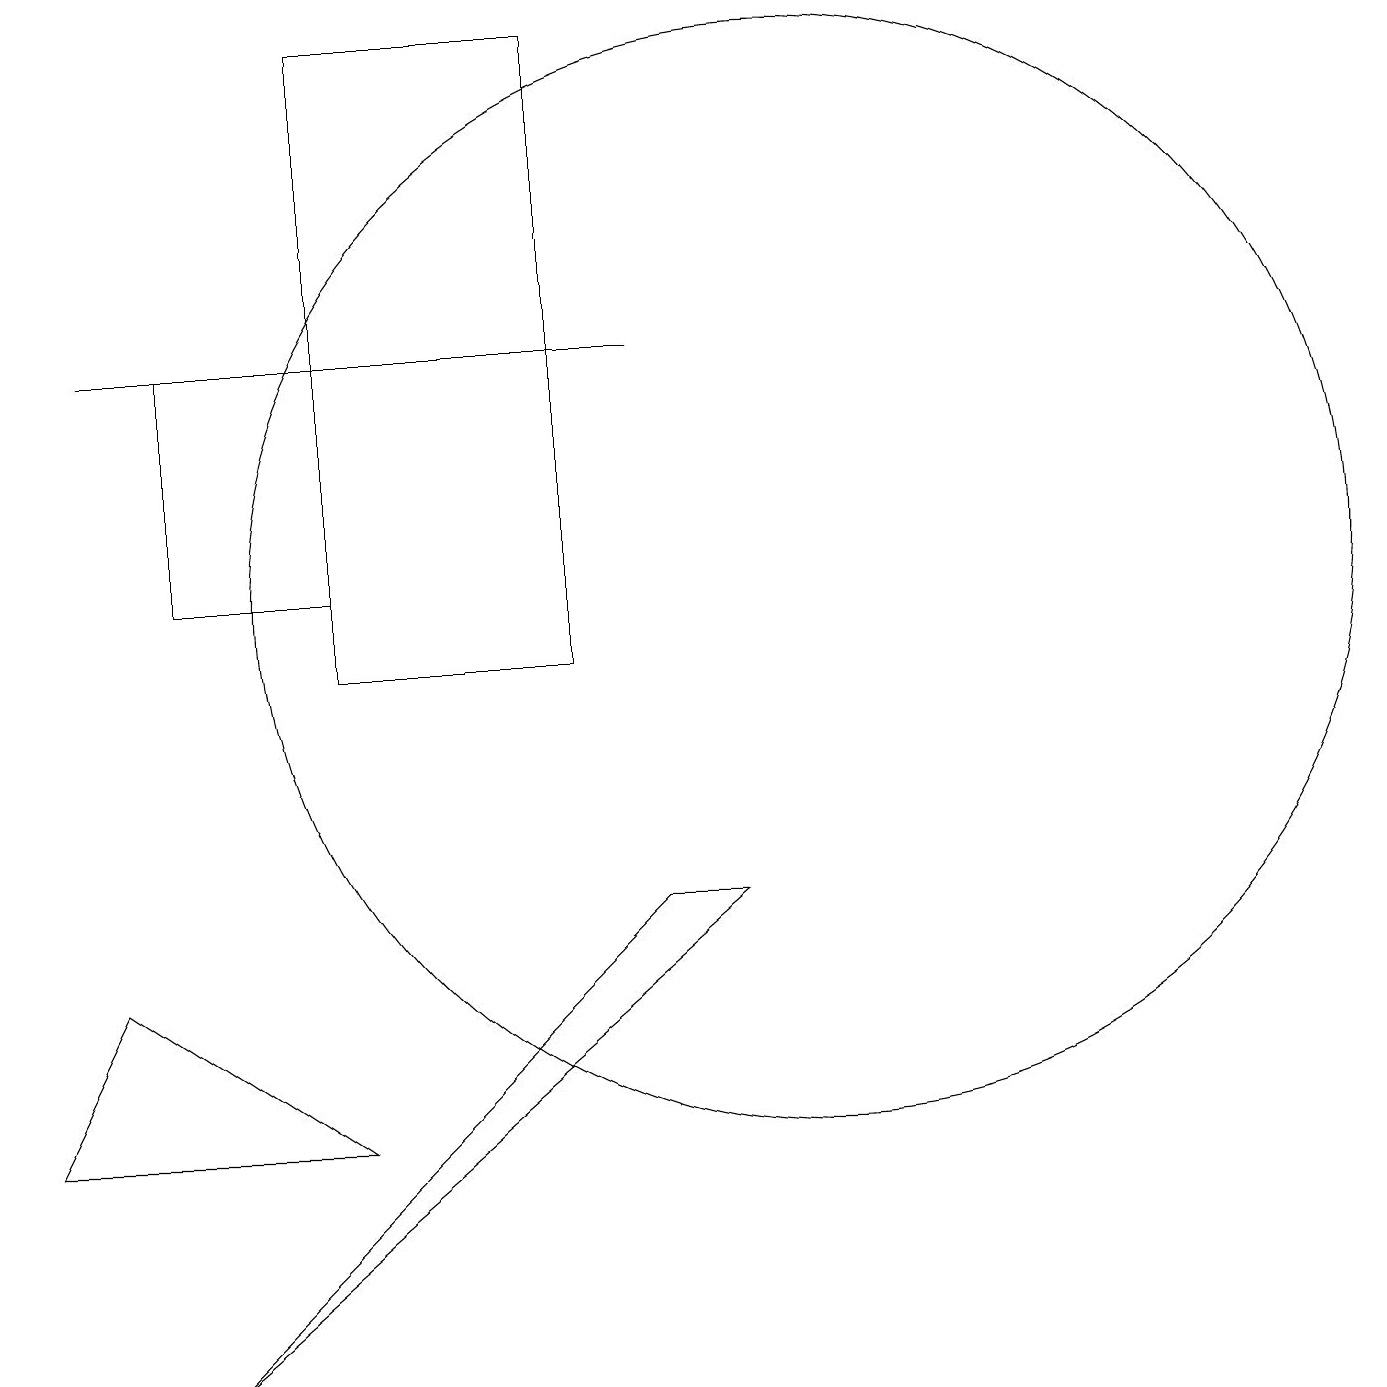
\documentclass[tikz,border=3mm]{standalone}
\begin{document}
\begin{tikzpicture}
\draw (10,11) circle (7);
\draw (1,6) -- (0,4) -- (4,4) -- cycle;
\draw (4,10) rectangle (7,18);
\draw (2,11) rectangle (4,14);
\draw (9,7) -- (8,7) -- (2,1) -- cycle;
\draw (1,14) rectangle (8,14);
\draw (12,10) circle (0);
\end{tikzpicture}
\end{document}